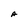
Character: A